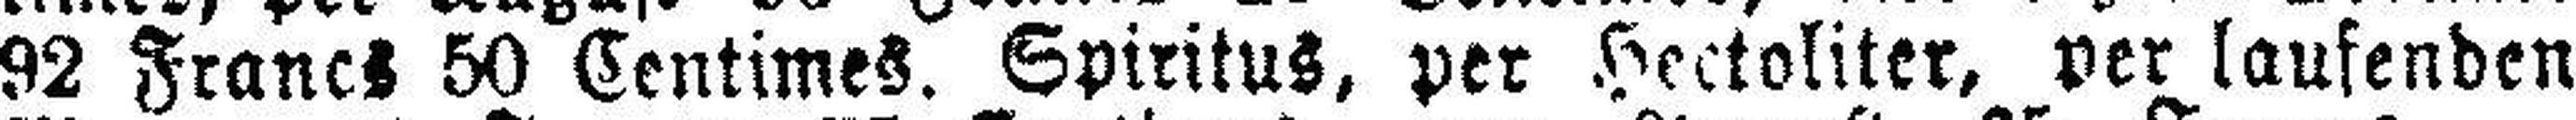
92 Francs 50 Centimes. Spiritus, per Hectoliter, per laufenden